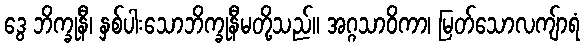
ဒွေ ဘိက္ခုနီ၊ နှစ်ပါးသောဘိက္ခုနီမတို့သည်။ အဂ္ဂသာဝိကာ၊ မြတ်သောလကျ်ာရံ